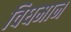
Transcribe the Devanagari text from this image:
विघमान